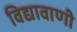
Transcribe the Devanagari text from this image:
विद्यावाणी